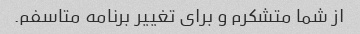
از شما متشکرم و برای تغییر برنامه متاسفم.